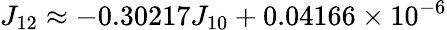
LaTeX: J_{12}\approx-0.30217J_{10}+0.04166\times 10^{-6}